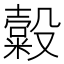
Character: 𣫗